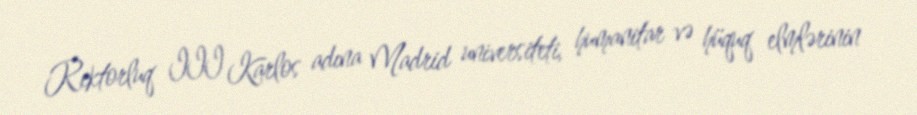
Rektorluq III Karlos adına Madrid universiteti, humanitar və hüquq elmlərinin